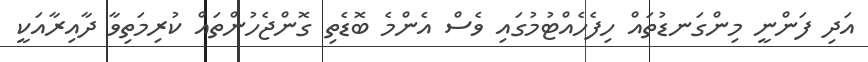
އަދި ފަންނީ މިންގަނޑުތައް ހިފެހެއްޓުމުގައި ވެސް އެންމެ ބޮޑެތި ގޮންޖެހުންތައް ކުރިމަތިވާ ދާއިރާއަކީ